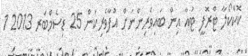
ކޮކާކޯލާ ޓްރޮފީ ޓުއާ އިން ބައިވެރިންނަށް އުފާވެރިކަން 25 ޑިސެމްބަރ 2013 1